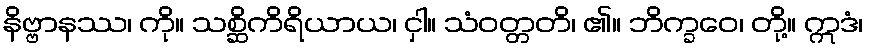
နိဗ္ဗာနဿ၊ ကို။ သစ္ဆိကိရိယာယ၊ ငှါ။ သံဝတ္တတိ၊ ၏။ ဘိက္ခဝေ၊ တို့။ ဣဒံ၊